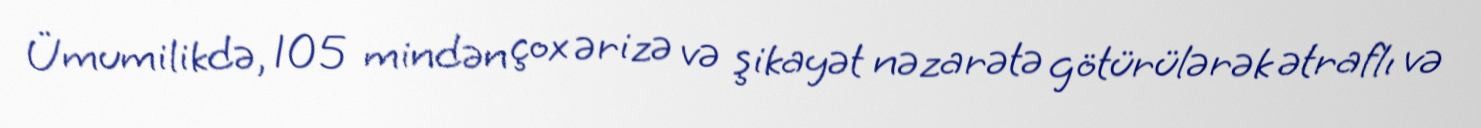
Ümumilikdə, 105 mindən çox ərizə və şikayət nəzarətə götürülərək ətraflı və